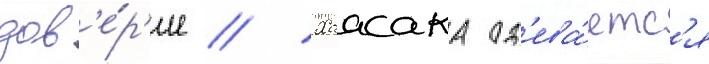
дов'е́р'ие // Хаасака од'ева́етс'я